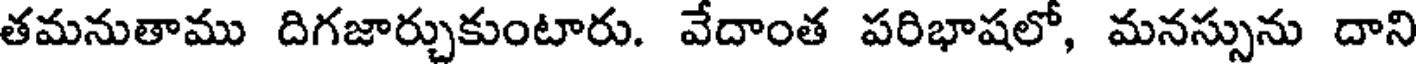
తమనుతాము దిగజార్చుకుంటారు. వేదాంత పరిభాషలో, మనస్సును దాని